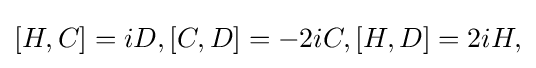
[H,C]=iD,[C,D]=-2iC,[H,D]=2iH,\,\!